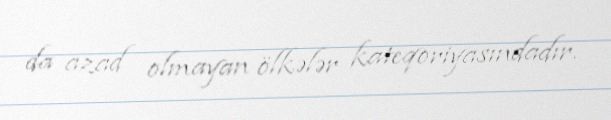
da azad olmayan ölkələr kateqoriyasındadır.